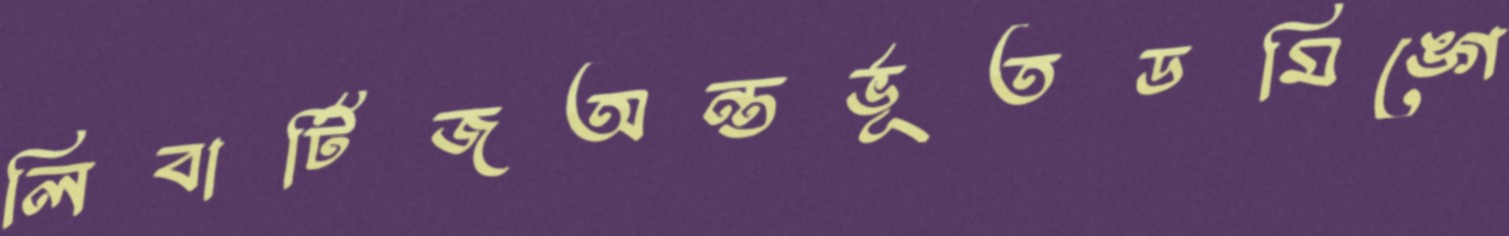
লিবার্টিজঅন্তর্ভূতডমিঙ্গে